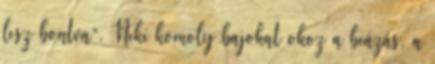
lesz bontva”. Neki komoly bajokat okoz a beázás, a